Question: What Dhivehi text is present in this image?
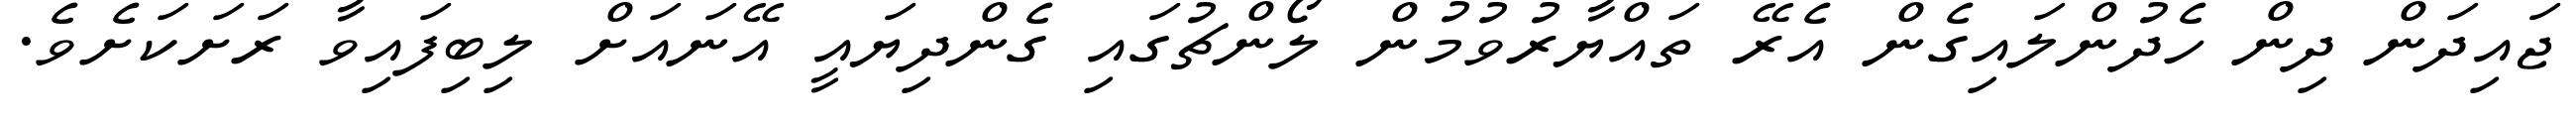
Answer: ޖައިދަން ދިން ހެދުންލައިގެން އެރޭ ތައްޔާރުވުމުން ލޯންޗުގައި ގެންދިޔައީ އޭނައަށް ލިބިފައިވާ ރަށަކަށެވެ.